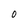
Character: O